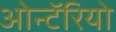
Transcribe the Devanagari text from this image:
ओन्टॅरियो